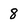
Character: 8